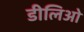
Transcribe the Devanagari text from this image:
डीलिओ